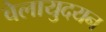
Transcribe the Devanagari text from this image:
वेलायुदयन